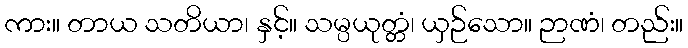
ကား။ တာယ သတိယာ၊ နှင့်။ သမ္ပယုတ္တံ၊ ယှဉ်သော။ ဉာဏံ၊ တည်း။